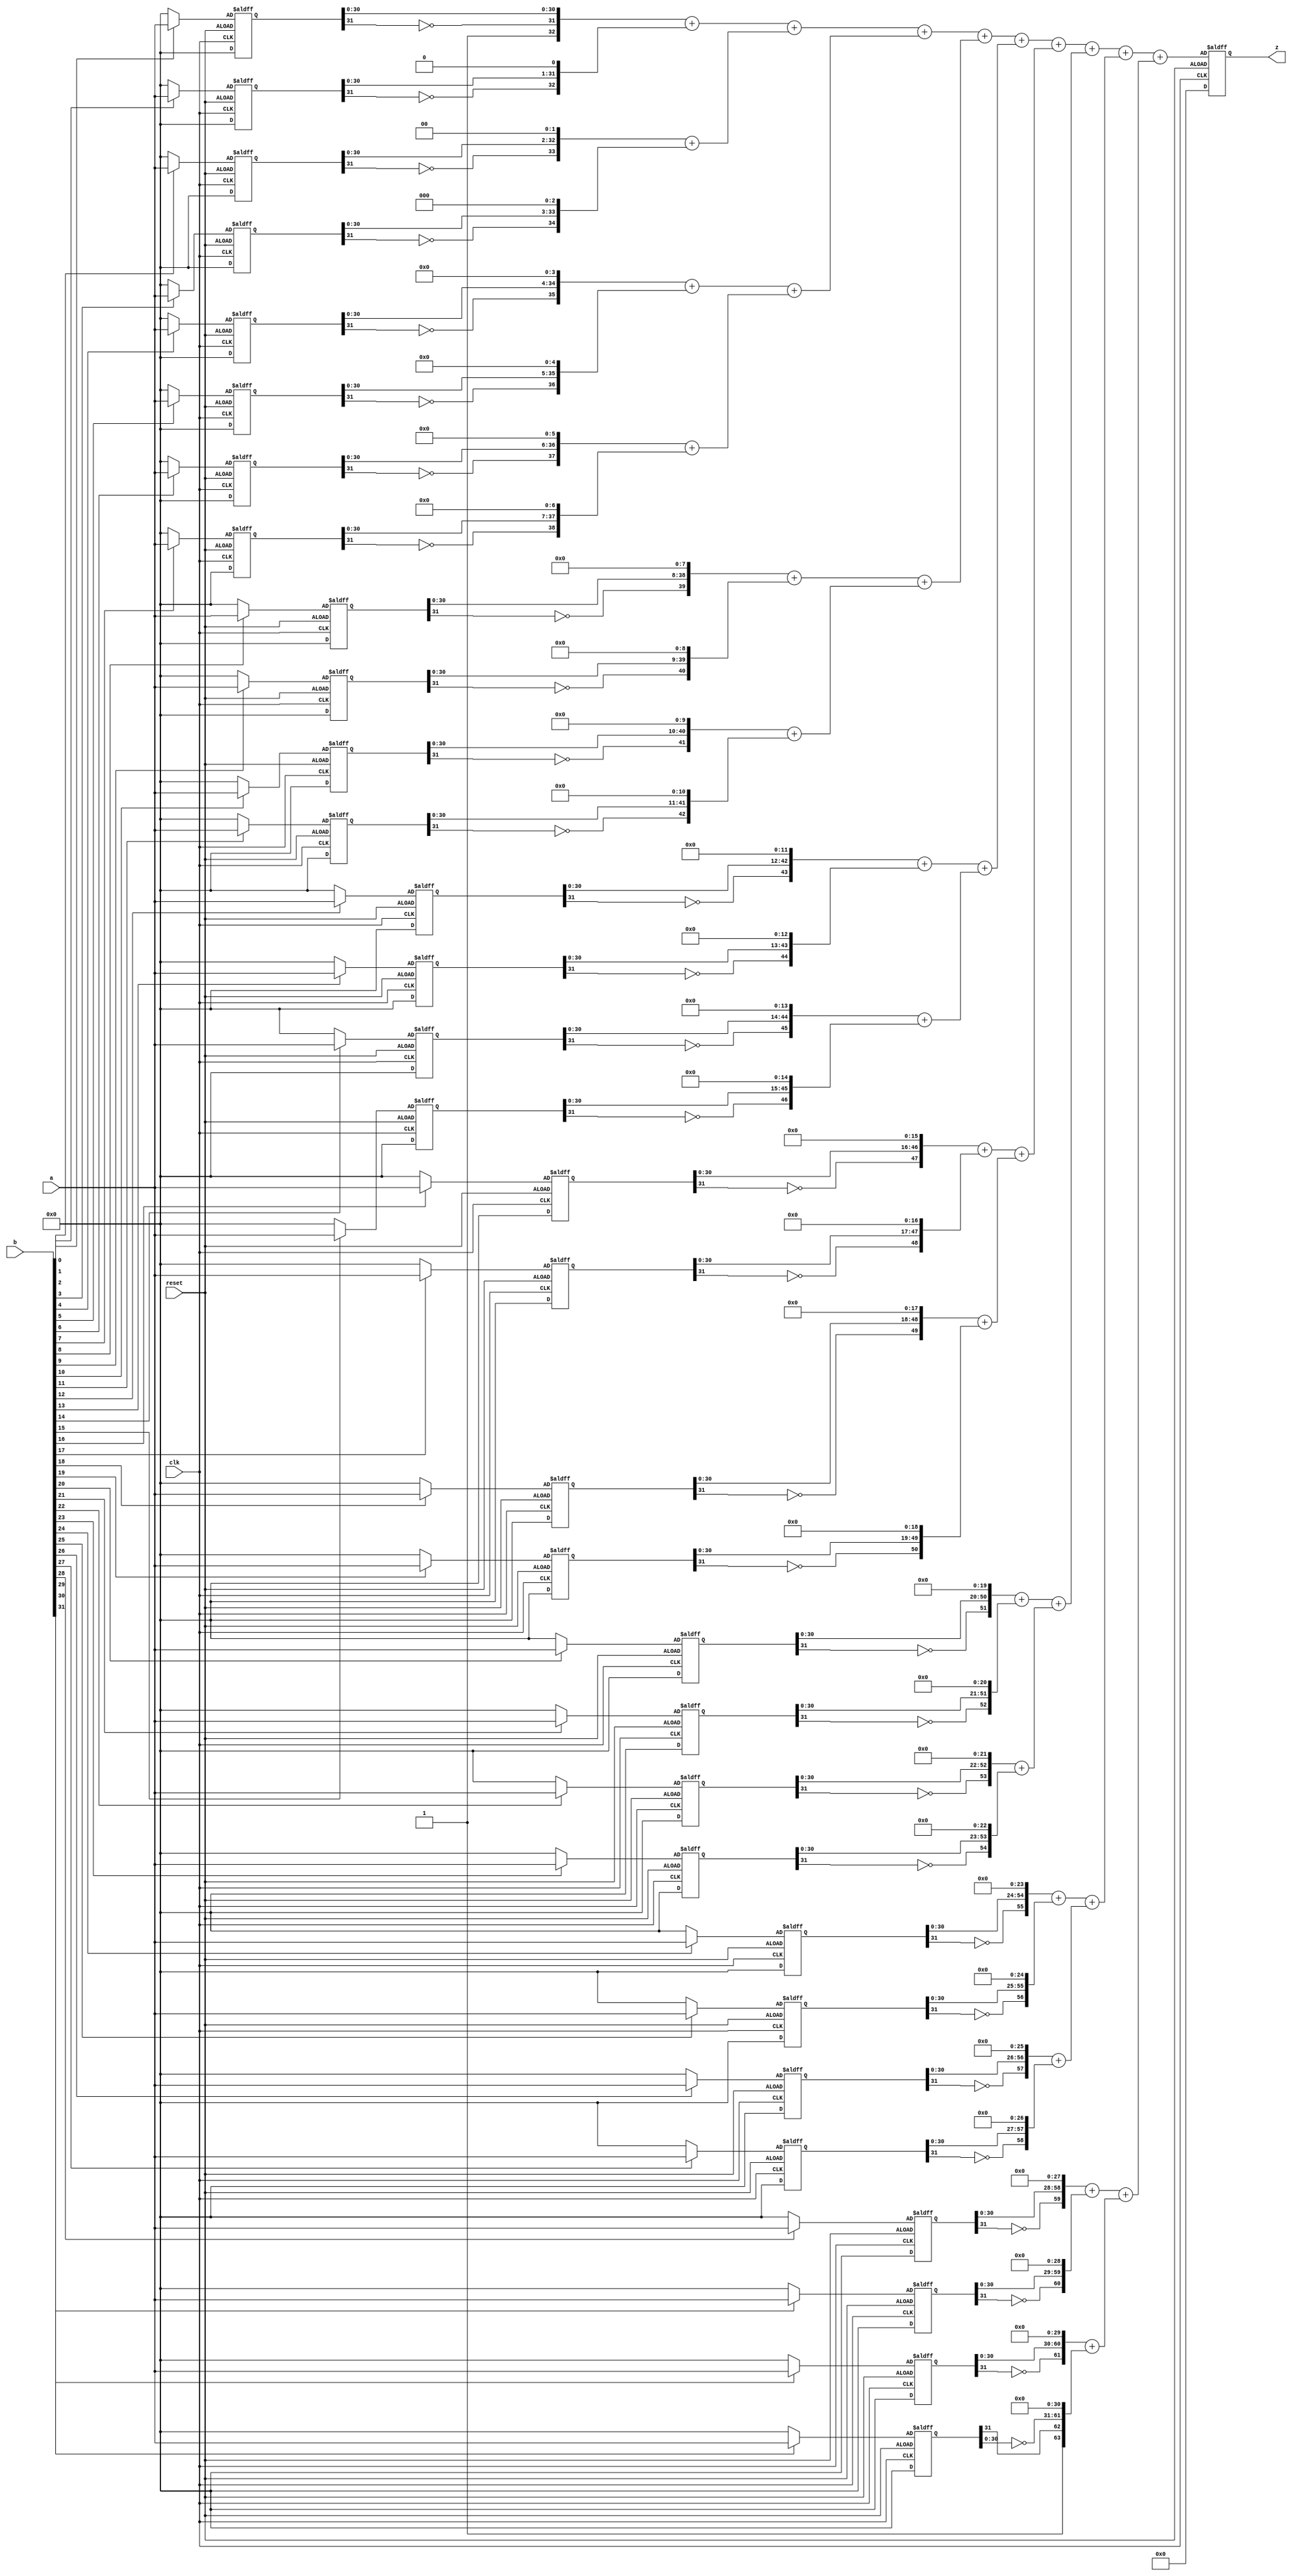
`timescale 1ns / 1ps
//////////////////////////////////////////////////////////////////////////////////
// Company: 
// Engineer: 
// 
// Design Name: 
// Module Name: MULT
// Project Name: 
// Target Devices: 
// Tool Versions: 
// Description: 
// 
// Dependencies: 
// 
// Revision:
// Revision 0.01 - File Created
// Additional Comments:
// 
//////////////////////////////////////////////////////////////////////////////////


module MULT(
    input clk,
    input reset,
    input [31:0] a,
    input [31:0] b,
    output [63:0] z
    );
    reg [31:0] ab00;
    reg [31:0] ab01;
    reg [31:0] ab02;
    reg [31:0] ab03;
    reg [31:0] ab04;
    reg [31:0] ab05;
    reg [31:0] ab06;
    reg [31:0] ab07;
    reg [31:0] ab08;
    reg [31:0] ab09;
    reg [31:0] ab10;
    reg [31:0] ab11;
    reg [31:0] ab12;
    reg [31:0] ab13;
    reg [31:0] ab14;
    reg [31:0] ab15;
    reg [31:0] ab16;
    reg [31:0] ab17;
    reg [31:0] ab18;
    reg [31:0] ab19;
    reg [31:0] ab20;
    reg [31:0] ab21;
    reg [31:0] ab22;
    reg [31:0] ab23;
    reg [31:0] ab24;
    reg [31:0] ab25;
    reg [31:0] ab26;
    reg [31:0] ab27;
    reg [31:0] ab28;
    reg [31:0] ab29;
    reg [31:0] ab30;
    reg [31:0] ab31;
    reg [63:0] temp;
    
    always @(posedge clk or negedge reset)
    begin
    if(reset)
    begin
        ab00<=0;
        ab01<=0;
        ab02<=0;
        ab03<=0;
        ab04<=0;
        ab05<=0;
        ab06<=0;
        ab07<=0;
        ab08<=0;
        ab09<=0;
        ab10<=0;
        ab11<=0;
        ab12<=0;
        ab13<=0;
        ab14<=0;
        ab15<=0;
        ab16<=0;
        ab17<=0;
        ab18<=0;
        ab19<=0;
        ab20<=0;
        ab21<=0;
        ab22<=0;
        ab23<=0;
        ab24<=0;
        ab25<=0;
        ab26<=0;
        ab27<=0;
        ab28<=0;
        ab29<=0;
        ab30<=0;
        ab31<=0;
        temp<=0;
    end
    else
    begin
        ab00<=b[0]?a:32'b0;
        ab01<=b[1]?a:32'b0;
        ab02<=b[2]?a:32'b0;
        ab03<=b[3]?a:32'b0;
        ab04<=b[4]?a:32'b0;
        ab05<=b[5]?a:32'b0;
        ab06<=b[6]?a:32'b0;
        ab07<=b[7]?a:32'b0;
        ab08<=b[8]?a:32'b0;
        ab09<=b[9]?a:32'b0;
        ab10<=b[10]?a:32'b0;
        ab11<=b[11]?a:32'b0;
        ab12<=b[12]?a:32'b0;
        ab13<=b[13]?a:32'b0;
        ab14<=b[14]?a:32'b0;
        ab15<=b[15]?a:32'b0;
        ab16<=b[16]?a:32'b0;
        ab17<=b[17]?a:32'b0;
        ab18<=b[18]?a:32'b0;
        ab19<=b[19]?a:32'b0;
        ab20<=b[20]?a:32'b0;
        ab21<=b[21]?a:32'b0;
        ab22<=b[22]?a:32'b0;
        ab23<=b[23]?a:32'b0;
        ab24<=b[24]?a:32'b0;
        ab25<=b[25]?a:32'b0;
        ab26<=b[26]?a:32'b0;
        ab27<=b[27]?a:32'b0;
        ab28<=b[28]?a:32'b0;
        ab29<=b[29]?a:32'b0;
        ab30<=b[30]?a:32'b0;
        ab31<=b[31]?a:32'b0;
    
       temp<=(({32'b1,~ab00[31],ab00[30:0]}        +
               {31'b0,~ab01[31],ab01[30:0], 1'b0}) +
              ({30'b0,~ab02[31],ab02[30:0], 2'b0}  +
               {29'b0,~ab03[31],ab03[30:0], 3'b0}))+
             (({28'b0,~ab04[31],ab04[30:0], 4'b0}  +
               {27'b0,~ab05[31],ab05[30:0], 5'b0}) +
              ({26'b0,~ab06[31],ab06[30:0], 6'b0}  +
               {25'b0,~ab07[31],ab07[30:0], 7'b0}))+
             (({24'b0,~ab08[31],ab08[30:0], 8'b0}  +
               {23'b0,~ab09[31],ab09[30:0], 9'b0}) +
              ({22'b0,~ab10[31],ab10[30:0],10'b0}  +
               {21'b0,~ab11[31],ab11[30:0],11'b0}))+
             (({20'b0,~ab12[31],ab12[30:0],12'b0}  +
               {19'b0,~ab13[31],ab13[30:0],13'b0}) +
              ({18'b0,~ab14[31],ab14[30:0],14'b0}  +
               {17'b0,~ab15[31],ab15[30:0],15'b0}))+
             (({16'b0,~ab16[31],ab16[30:0],16'b0}  +
               {15'b0,~ab17[31],ab17[30:0],17'b0}) +
              ({14'b0,~ab18[31],ab18[30:0],18'b0}  +
               {13'b0,~ab19[31],ab19[30:0],19'b0}))+
             (({12'b0,~ab20[31],ab20[30:0],20'b0}  +
               {11'b0,~ab21[31],ab21[30:0],21'b0}) +
              ({10'b0,~ab22[31],ab22[30:0],22'b0}  +
               { 9'b0,~ab23[31],ab23[30:0],23'b0}))+
             (({ 8'b0,~ab24[31],ab24[30:0],24'b0}  +
               { 7'b0,~ab25[31],ab25[30:0],25'b0}) +
              ({ 6'b0,~ab26[31],ab26[30:0],26'b0}  +
               { 5'b0,~ab27[31],ab27[30:0],27'b0}))+
             (({ 4'b0,~ab28[31],ab28[30:0],28'b0}  +
               { 3'b0,~ab29[31],ab29[30:0],29'b0}) +
              ({ 2'b0,~ab30[31],ab30[30:0],30'b0}  +
               { 1'b1,ab31[31],~ab31[30:0],31'b0}));
    end
    end
    assign z=temp;
endmodule